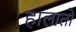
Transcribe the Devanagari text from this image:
हालातो